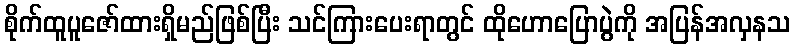
စိုက်ထူပူဇော်ထားရှိမည်ဖြစ်ပြီး သင်ကြားပေးရာတွင် ထိုဟောပြောပွဲကို အပြန်အလှနသ